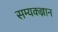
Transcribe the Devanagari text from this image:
सम्यकज्ञान